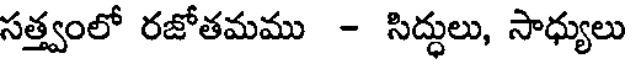
సత్త్వంలో రజోతమము - సిద్ధులు, సాధ్యులు